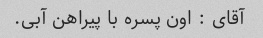
آقای : اون پسره با پیراهن آبی.